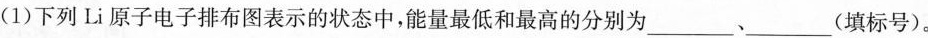
(1)下列Li原子电子排布图表示的状态中，能量最低和最高的分别为___、___(填标号)。